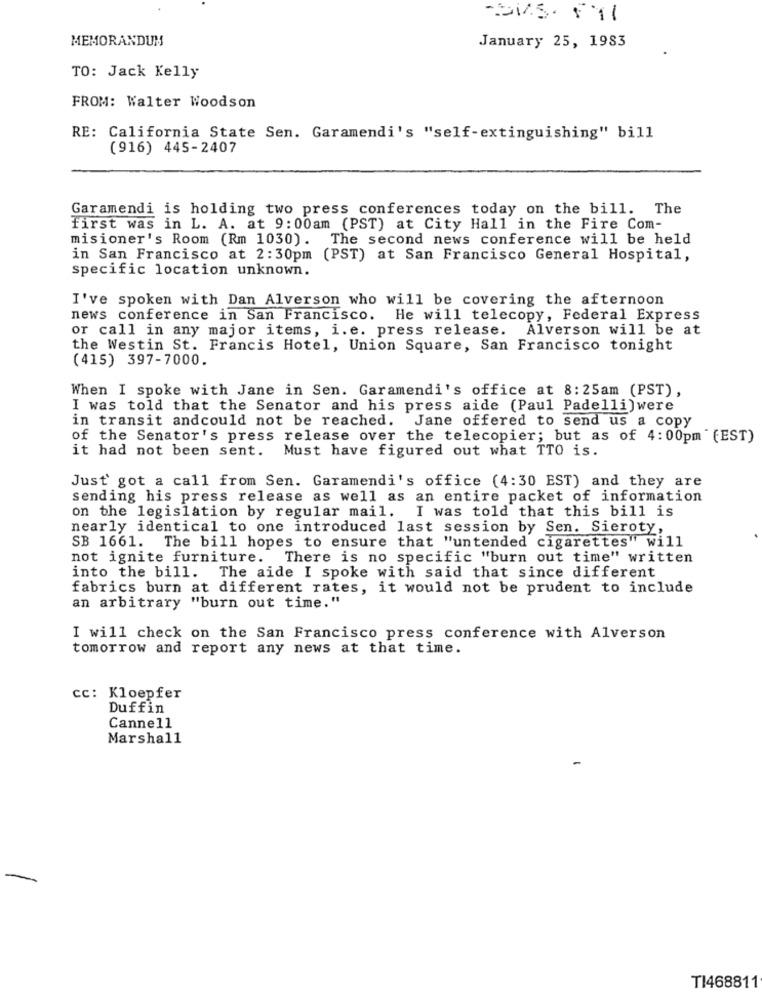
MEMORANDUM
January 25, 1983
TO: Jack Kelly
FROM: Walter Woodson
RE: California State Sen. Garamendi's "self-extinguishing" bill
(916) 445-2407
Garamendi is holding two press conferences today on the bill. The
first was in L. A. at 9:00am (PST) at City Hall in the Fire Com-
misioner's Room (Rm 1030). The second news conference will be held
in San Francisco at 2:30pm (PST) at San Francisco General Hospital,
specific location unknown.
I've spoken with Dan Alverson who will be covering the afternoon
news conference in San Francisco. He will telecopy, Federal Express
or call in any major items, i. e. press release.
Alverson will be at
the Westin St. Francis Hotel, Union Square, San Francisco tonight
(415) 397-7000.
When I spoke with Jane in Sen. Garamendi's office at 8: 25am (PST),
I was told that the Senator and his press aide (Paul Padelli)were
in transit andcould not be reached. Jane offered to send us a copy
of the Senator's press release over the telecopier; but as of 4:00pm " (EST)
it had not been sent. Must have figured out what TTO is.
Just got a call from Sen. Garamendi's office (4:30 EST) and they are
sending his press release as well as an entire packet of information
on the legislation by regular mail. I was told that this bill is
nearly identical to one introduced last session by Sen. Sieroty,
SB 1661. The bill hopes to ensure that "untended cigarettes" will
not ignite furniture. There is no specific "burn out time" written
into the bill. The aide I spoke with said that since different
fabrics burn at different rates, it would not be prudent to include
an arbitrary "burn out time."
I will check on the San Francisco press conference with Alverson
tomorrow and report any news at that time.
cc: Kloepfer
Duffin
Canne11
Marshall
TI468811